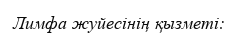
Лимфа жуйесінің қызметі: